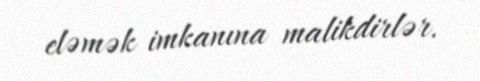
eləmək imkanına malikdirlər.